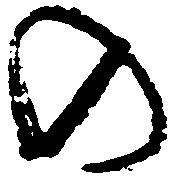
の